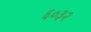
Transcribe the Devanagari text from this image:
६०३२